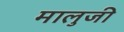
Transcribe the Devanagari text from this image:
मालुजी